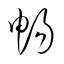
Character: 畼